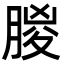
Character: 朡